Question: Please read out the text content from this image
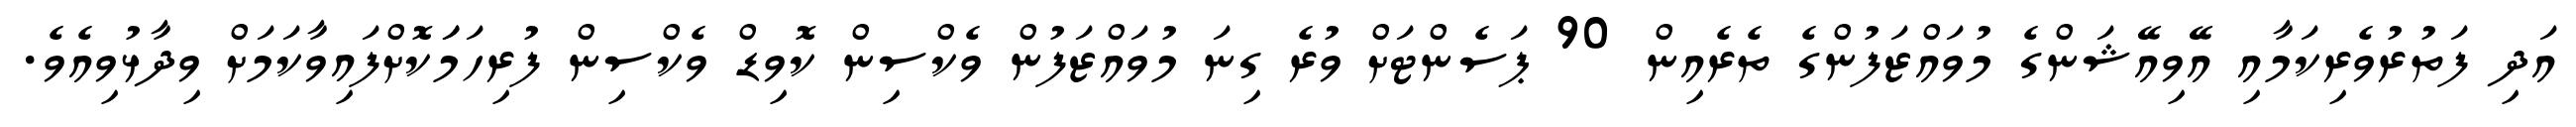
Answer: އަދި ފަތުރުވެރިކަމާއި އޭވިއޭޝަންގެ މުވައްޒަފުންގެ ތެރެއިން 90 ޕަސެންޓަށް ވުރެ ގިނަ މުވައްޒަފުން ވެކްސިން ކޮވިޑް ވެކްސިން ފުރިހަމަަކޮށްފައިވާކަމަށް ވިދާޅުވިއެވެ.